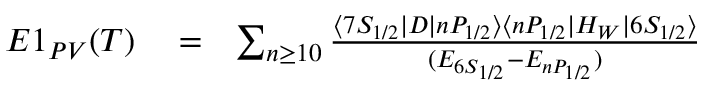
\begin{array} { r l r } { E 1 _ { P V } ( T ) } & { { } = } & { \sum _ { n \ge 1 0 } \frac { \langle 7 S _ { 1 / 2 } | D | n P _ { 1 / 2 } \rangle \langle n P _ { 1 / 2 } | H _ { W } | 6 S _ { 1 / 2 } \rangle } { ( E _ { 6 S _ { 1 / 2 } } - E _ { n P _ { 1 / 2 } } ) } } \end{array}